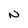
Character: N